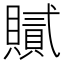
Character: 𧸐